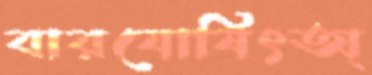
বারযোষিৎঅ্